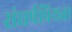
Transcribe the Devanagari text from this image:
संघर्षप्रियता